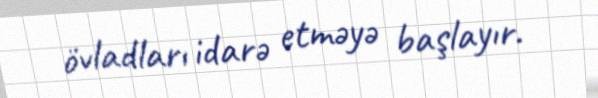
övladları idarə etməyə başlayır.